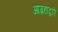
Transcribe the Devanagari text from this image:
आग्रहाद्वारे